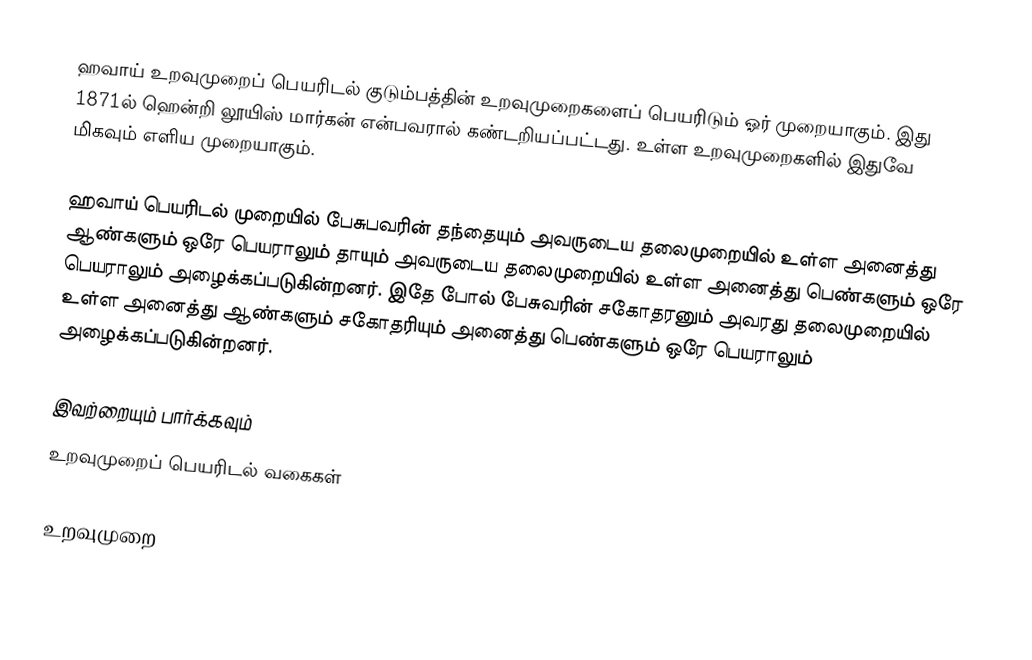
ஹவாய் உறவுமுறைப் பெயரிடல் குடும்பத்தின் உறவுமுறைகளைப் பெயரிடும் ஓர் முறையாகும். இது 1871ல் ஹென்றி லூயிஸ் மார்கன் என்பவரால் கண்டறியப்பட்டது. உள்ள உறவுமுறைகளில் இதுவே மிகவும் எளிய முறையாகும்.

ஹவாய் பெயரிடல் முறையில் பேசுபவரின் தந்தையும் அவருடைய தலைமுறையில் உள்ள அனைத்து ஆண்களும் ஒரே பெயராலும் தாயும் அவருடைய தலைமுறையில் உள்ள அனைத்து பெண்களும் ஒரே பெயராலும் அழைக்கப்படுகின்றனர். இதே போல் பேசுவரின் சகோதரனும் அவரது தலைமுறையில் உள்ள அனைத்து ஆண்களும் சகோதரியும் அனைத்து பெண்களும் ஒரே பெயராலும் அழைக்கப்படுகின்றனர்.

இவற்றையும் பார்க்கவும்
 உறவுமுறைப் பெயரிடல் வகைகள்

உறவுமுறை